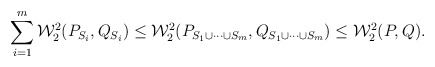
\begin{align*}\sum_{i=1}^m \mathcal{W}_2^2(P_{S_i},Q_{S_i}) \le \mathcal{W}_2^2(P_{S_1 \cup \cdots \cup S_m},Q_{S_1 \cup \cdots \cup S_m}) \le \mathcal{W}_2^2(P,Q).\end{align*}